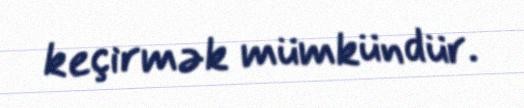
keçirmək mümkündür.